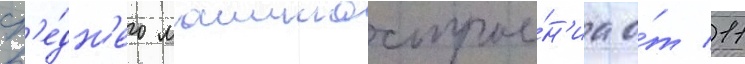
ср'е́дн'его машинострое́н'иа о́т 11